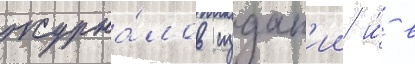
журна́лов издан'ии и́ в